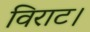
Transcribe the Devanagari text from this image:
विराट।